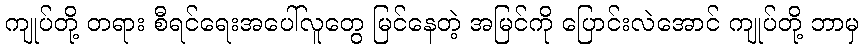
ကျုပ်တို့ တရား စီရင်ရေးအပေါ်လူတွေ မြင်နေတဲ့ အမြင်ကို ပြောင်းလဲအောင် ကျုပ်တို့ ဘာမှ